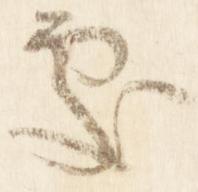
処